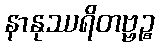
နာနုဿရိတဗ္ဗဉ္စ